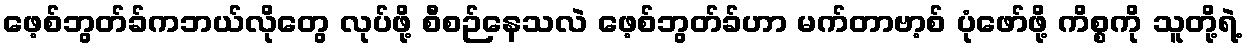
ဖေ့စ်ဘွတ်ခ်ကဘယ်လိုတွေ လုပ်ဖို့ စီစဉ်နေသလဲ ဖေ့စ်ဘွတ်ခ်ဟာ မက်တာဗာ့စ် ပုံဖော်ဖို့ ကိစ္စကို သူတို့ရဲ့